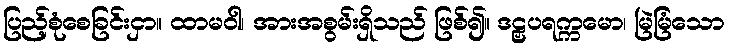
ပြည့်စုံစေခြင်းငှာ။ ထာမဝါ၊ အားအစွမ်းရှိသည် ဖြစ်၍။ ဒဠှပရက္ကမော၊ မြဲမြံသော